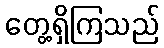
တွေ့ရှိကြသည်